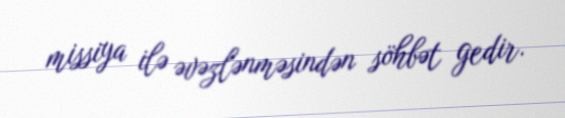
missiya ilə əvəzlənməsindən söhbət gedir.